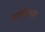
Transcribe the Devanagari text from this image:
कॉरीलस